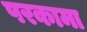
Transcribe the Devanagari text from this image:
परकामा